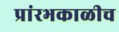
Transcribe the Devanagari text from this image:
प्रांरभकाळीच